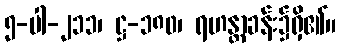
၅-ပါ-၂၁၁၊ ဋ္ဌ-၁၈၀၊ ရဟန္တာခန်း၌ရှိ၏။